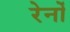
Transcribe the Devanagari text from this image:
रेनों